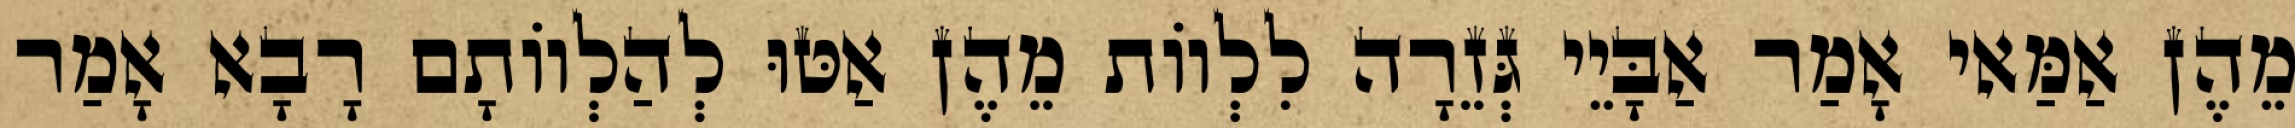
מֵהֶן אַמַּאי אָמַר אַבָּיֵי גְּזֵרָה לִלְווֹת מֵהֶן אַטּוּ לְהַלְווֹתָם רָבָא אָמַר